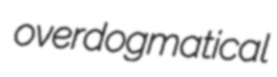
overdogmatical